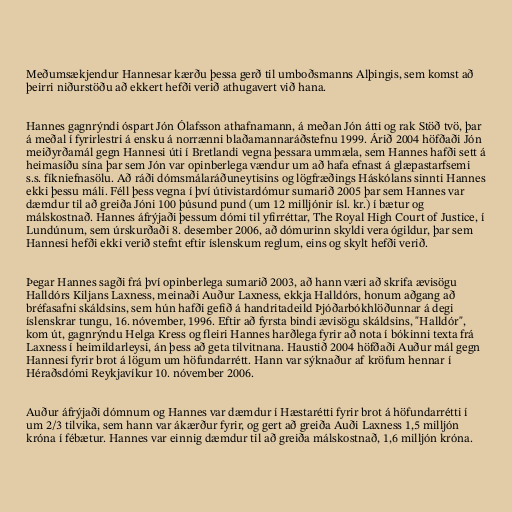
Meðumsækjendur Hannesar kærðu þessa gerð til umboðsmanns Alþingis, sem komst að
þeirri niðurstöðu að ekkert hefði verið athugavert við hana.

Hannes gagnrýndi óspart Jón Ólafsson athafnamann, á meðan Jón átti og rak Stöð tvö, þar
á meðal í fyrirlestri á ensku á norrænni blaðamannaráðstefnu 1999. Árið 2004 höfðaði Jón
meiðyrðamál gegn Hannesi úti í Bretlandi vegna þessara ummæla, sem Hannes hafði sett á
heimasíðu sína þar sem Jón var opinberlega vændur um að hafa efnast á glæpastarfsemi
s.s. fíkniefnasölu. Að ráði dómsmálaráðuneytisins og lögfræðings Háskólans sinnti Hannes
ekki þessu máli. Féll þess vegna í því útivistardómur sumarið 2005 þar sem Hannes var
dæmdur til að greiða Jóni 100 þúsund pund (um 12 milljónir ísl. kr.) í bætur og
málskostnað. Hannes áfrýjaði þessum dómi til yfirréttar, The Royal High Court of Justice, í
Lundúnum, sem úrskurðaði 8. desember 2006, að dómurinn skyldi vera ógildur, þar sem
Hannesi hefði ekki verið stefnt eftir íslenskum reglum, eins og skylt hefði verið.

Þegar Hannes sagði frá því opinberlega sumarið 2003, að hann væri að skrifa ævisögu
Halldórs Kiljans Laxness, meinaði Auður Laxness, ekkja Halldórs, honum aðgang að
bréfasafni skáldsins, sem hún hafði gefið á handritadeild Þjóðarbókhlöðunnar á degi
íslenskrar tungu, 16. nóvember, 1996. Eftir að fyrsta bindi ævisögu skáldsins, "Halldór",
kom út, gagnrýndu Helga Kress og fleiri Hannes harðlega fyrir að nota í bókinni texta frá
Laxness í heimildarleysi, án þess að geta tilvitnana. Haustið 2004 höfðaði Auður mál gegn
Hannesi fyrir brot á lögum um höfundarrétt. Hann var sýknaður af kröfum hennar í
Héraðsdómi Reykjavíkur 10. nóvember 2006.

Auður áfrýjaði dómnum og Hannes var dæmdur í Hæstarétti fyrir brot á höfundarrétti í
um 2/3 tilvika, sem hann var ákærður fyrir, og gert að greiða Auði Laxness 1,5 milljón
króna í fébætur. Hannes var einnig dæmdur til að greiða málskostnað, 1,6 milljón króna.